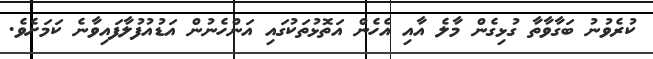
ކުރެވުނު ބަގާވާތާ ގުޅިގެން މާލެ އާއި އެހެން އަތޮޅުތަކުގައި އަންހެނުން އަޑުއުފުލާފައިވާނެ ކަމަށެވެ.